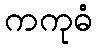
ကကုဓံ